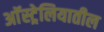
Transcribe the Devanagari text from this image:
अाॅस्ट्रेलियातील